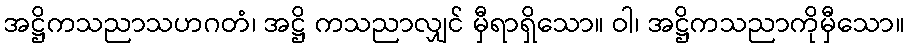
အဋ္ဌိကသညာသဟဂတံ၊ အဋ္ဌိ ကသညာလျှင် မှီရာရှိသော။ ဝါ၊ အဋ္ဌိကသညာကိုမှီသော။